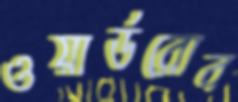
ওয়ার্ডরোব